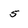
Character: 5